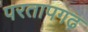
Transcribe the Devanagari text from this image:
परतापगढ़